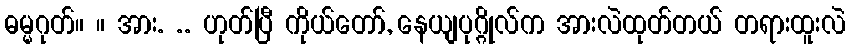
ဓမ္မဂုတ်။ ။ အား. .. ဟုတ်ပြီ ကိုယ်တော်, နေယျပုဂ္ဂိုလ်က အားလဲထုတ်တယ် တရားထူးလဲ